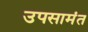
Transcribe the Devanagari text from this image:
उपसामंत